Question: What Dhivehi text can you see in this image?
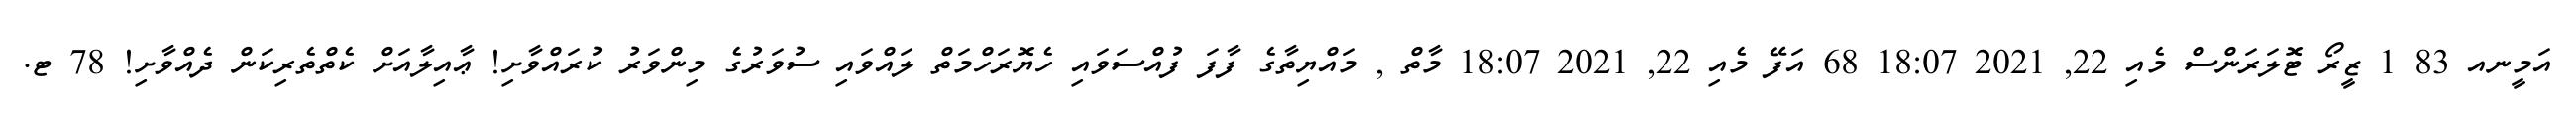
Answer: އަމީނއ 83 1 ޒީރޯ ޓޮލަރަންސް މެއި 22, 2021 18:07 68 އަފޭ މެއި 22, 2021 18:07 މާތް , މައްޔިތާގެ ފާފަ ފުއްސަވައި ހެޔޮރަހްމަތް ލައްވައި ސުވަރުގެ މިންވަރު ކުރައްވާށި! ޢާއިލާއަށް ކެތްތެރިކަން ދެއްވާށި! 78 ޓ.